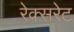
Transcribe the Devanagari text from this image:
रेक्सरेट